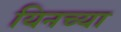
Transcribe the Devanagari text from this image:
यिनच्या